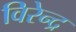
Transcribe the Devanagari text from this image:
विरेन्‍द्र